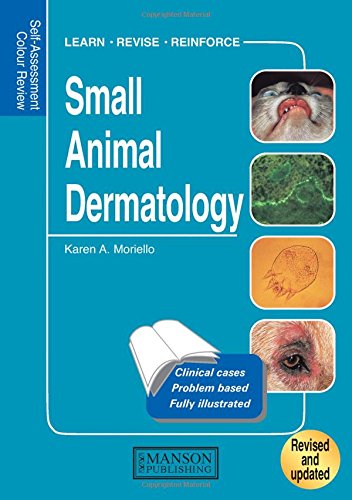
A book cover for Small Animal Dermatology: Self-Assessment Color Review (Veterinary Self-Assessment Color Review Series); Karen Moriello; Medical Books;